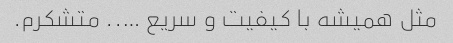
مثل همیشه با کیفیت و سریع ….. متشکرم.